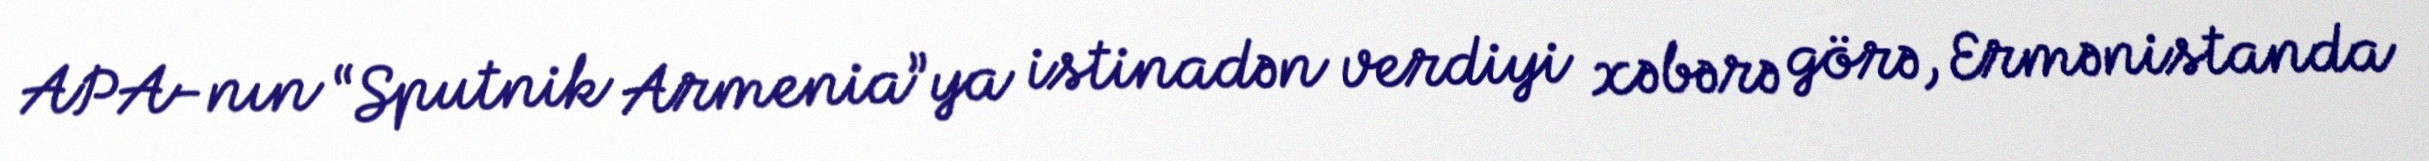
APA-nın “Sputnik Armenia”ya istinadən verdiyi xəbərə görə, Ermənistanda